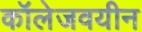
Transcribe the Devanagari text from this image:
कॉलेजवयीन